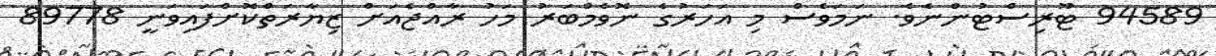
94589 ޓޫރިސްޓުންނެވެ. ނަމަވެސް މި އަހަރުގެ ނޮވެމްބަރު މަހު ރާއްޖެއަށް ޒިޔާރަތްކޮށްފައިވަނީ 89778